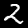
Digit: 2